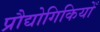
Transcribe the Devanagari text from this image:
प्रौद्योगिकियोँ